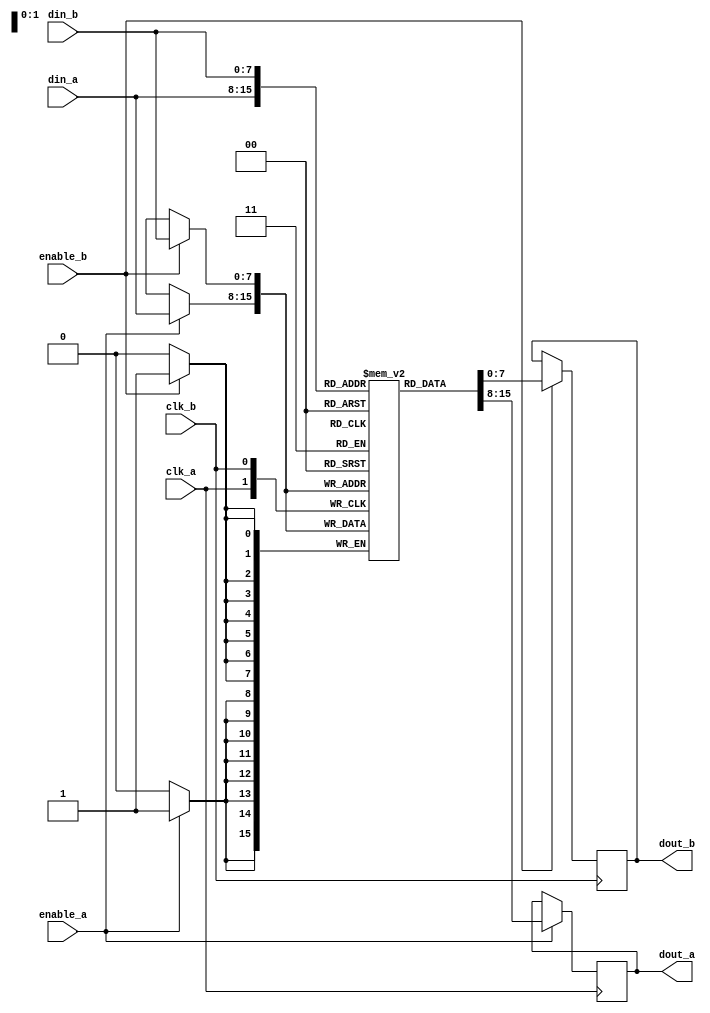
module MemoryBlock(
    input wire clk_a,       // Clock for Domain A
    input wire clk_b,       // Clock for Domain B
    input wire enable_a,    // Enable signal for Domain A
    input wire enable_b,    // Enable signal for Domain B
    input wire [7:0] din_a, // Data input for Domain A
    input wire [7:0] din_b, // Data input for Domain B
    output reg [7:0] dout_a,// Data output for Domain A
    output reg [7:0] dout_b // Data output for Domain B
);
    reg [7:0] mem [0:255]; // Memory array (256 x 8 bits)

    // Write operation for Domain A
    always @(posedge clk_a) begin
        if (enable_a) begin
            mem[din_a[7:0]] <= din_a; // Example write operation
        end
    end

    // Read operation for Domain A
    always @(posedge clk_a) begin
        if (enable_a) begin
            dout_a <= mem[din_a[7:0]]; // Example read operation
        end
    end

    // Write operation for Domain B
    always @(posedge clk_b) begin
        if (enable_b) begin
            mem[din_b[7:0]] <= din_b; // Example write operation
        end
    end

    // Read operation for Domain B
    always @(posedge clk_b) begin
        if (enable_b) begin
            dout_b <= mem[din_b[7:0]]; // Example read operation
        end
    end
endmodule